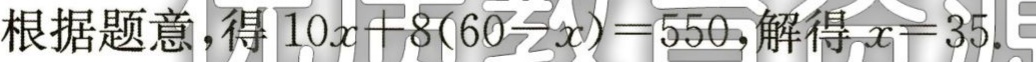
根据题意，得\(10x + 8(60 - x) = 550\)，解得\(x = 35\)。